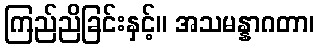
ကြည်ညိခြင်းနှင့်။ အသမန္နာဂတာ၊